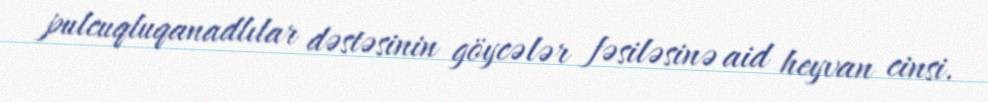
pulcuqluqanadlılar dəstəsinin göycələr fəsiləsinə aid heyvan cinsi.